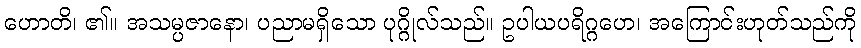
ဟောတိ၊ ၏။ အသမ္ပဇာနော၊ ပညာမရှိသော ပုဂ္ဂိုလ်သည်။ ဥပါယပရိဂ္ဂဟေ၊ အကြောင်းဟုတ်သည်ကို